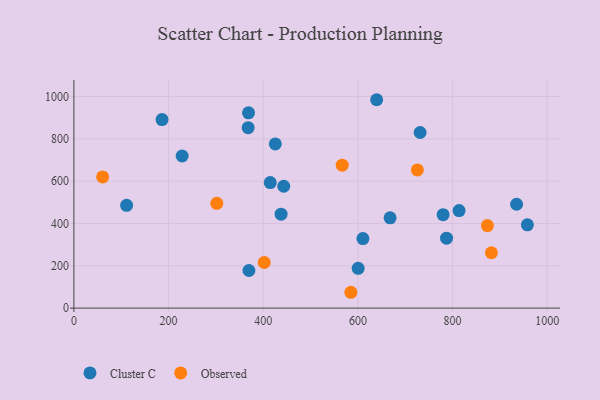
{"axis": {"x": "Study Hours", "y": "Salary"}, "legend": ["Cluster C", "Observed"], "data": [{"x": "780.0", "y": 441.8, "type": "Cluster C"}, {"x": "600.5", "y": 188.2, "type": "Cluster C"}, {"x": "228.7", "y": 718.8, "type": "Cluster C"}, {"x": "368.9", "y": 923.2, "type": "Cluster C"}, {"x": "958.0", "y": 393.5, "type": "Cluster C"}, {"x": "425.5", "y": 775.8, "type": "Cluster C"}, {"x": "639.6", "y": 984.9, "type": "Cluster C"}, {"x": "368.1", "y": 852.7, "type": "Cluster C"}, {"x": "186.2", "y": 891.3, "type": "Cluster C"}, {"x": "369.8", "y": 177.7, "type": "Cluster C"}, {"x": "111.4", "y": 485.9, "type": "Cluster C"}, {"x": "813.7", "y": 460.9, "type": "Cluster C"}, {"x": "414.8", "y": 593.2, "type": "Cluster C"}, {"x": "935.2", "y": 490.9, "type": "Cluster C"}, {"x": "437.7", "y": 443.8, "type": "Cluster C"}, {"x": "668.0", "y": 426.7, "type": "Cluster C"}, {"x": "787.3", "y": 330.6, "type": "Cluster C"}, {"x": "610.6", "y": 328.7, "type": "Cluster C"}, {"x": "731.4", "y": 830.1, "type": "Cluster C"}, {"x": "443.3", "y": 576.0, "type": "Cluster C"}, {"x": "301.9", "y": 495.1, "type": "Observed"}, {"x": "566.8", "y": 675.4, "type": "Observed"}, {"x": "585.1", "y": 74.8, "type": "Observed"}, {"x": "60.7", "y": 620.0, "type": "Observed"}, {"x": "725.6", "y": 653.2, "type": "Observed"}, {"x": "873.5", "y": 390.2, "type": "Observed"}, {"x": "882.1", "y": 261.7, "type": "Observed"}, {"x": "402.1", "y": 215.6, "type": "Observed"}]}